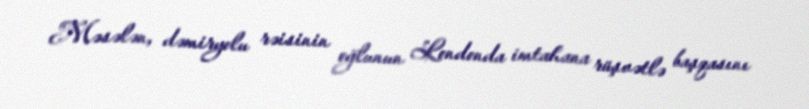
Məsələn, dəmiryolu rəisinin oğlunun Londonda imtahana rüşvətlə başqasını